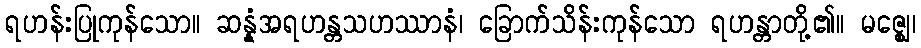
ရဟန်းပြုကုန်သော။ ဆန္နံအရဟန္တသဟဿာနံ၊ ခြောက်သိန်းကုန်သော ရဟန္တာတို့၏။ မဇ္ဈေ၊